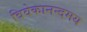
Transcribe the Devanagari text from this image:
विवेकानन्दमय